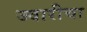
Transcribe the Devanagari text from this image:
ज्वारीचा